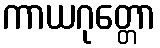
ကာယဂုတ္တော